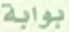
بوابة